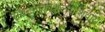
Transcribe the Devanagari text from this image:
संघटनाकौशल्याशिवाय